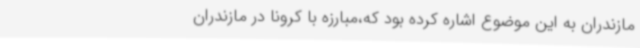
مازندران به این موضوع اشاره کرده بود که،مبارزه با کرونا در مازندران